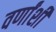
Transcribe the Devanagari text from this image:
वर्णांशी